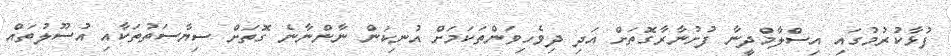
ފުޅާކުރުމުގައި އިސްލާމްދީނާ ފުށުނާރާގޮތަށް އަދި ދިވެހިވަންތަކަމަށް އުނިކަން ނާންނާނެ ގޮތަށް ސިޔާސަތުތަކާއި އުސޫލުތައް